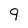
Character: 9